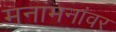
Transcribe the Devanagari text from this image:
मनांमनांवर